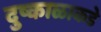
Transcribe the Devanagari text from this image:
दुष्काळाकडे